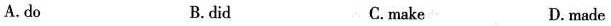
A. do B. did C. make D. made